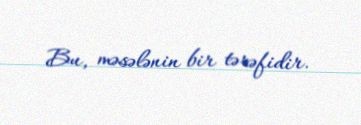
Bu, məsələnin bir tərəfidir.